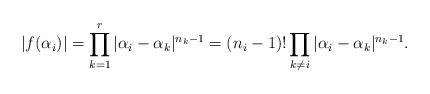
LaTeX: \begin{align*} |f(\alpha_i)|=\prod_{k=1}^r|\alpha_i-\alpha_k|^{n_k-1} =(n_i-1)! \prod_{k\neq i} |\alpha_i-\alpha_k|^{n_k-1}.\end{align*}